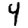
Digit: 4